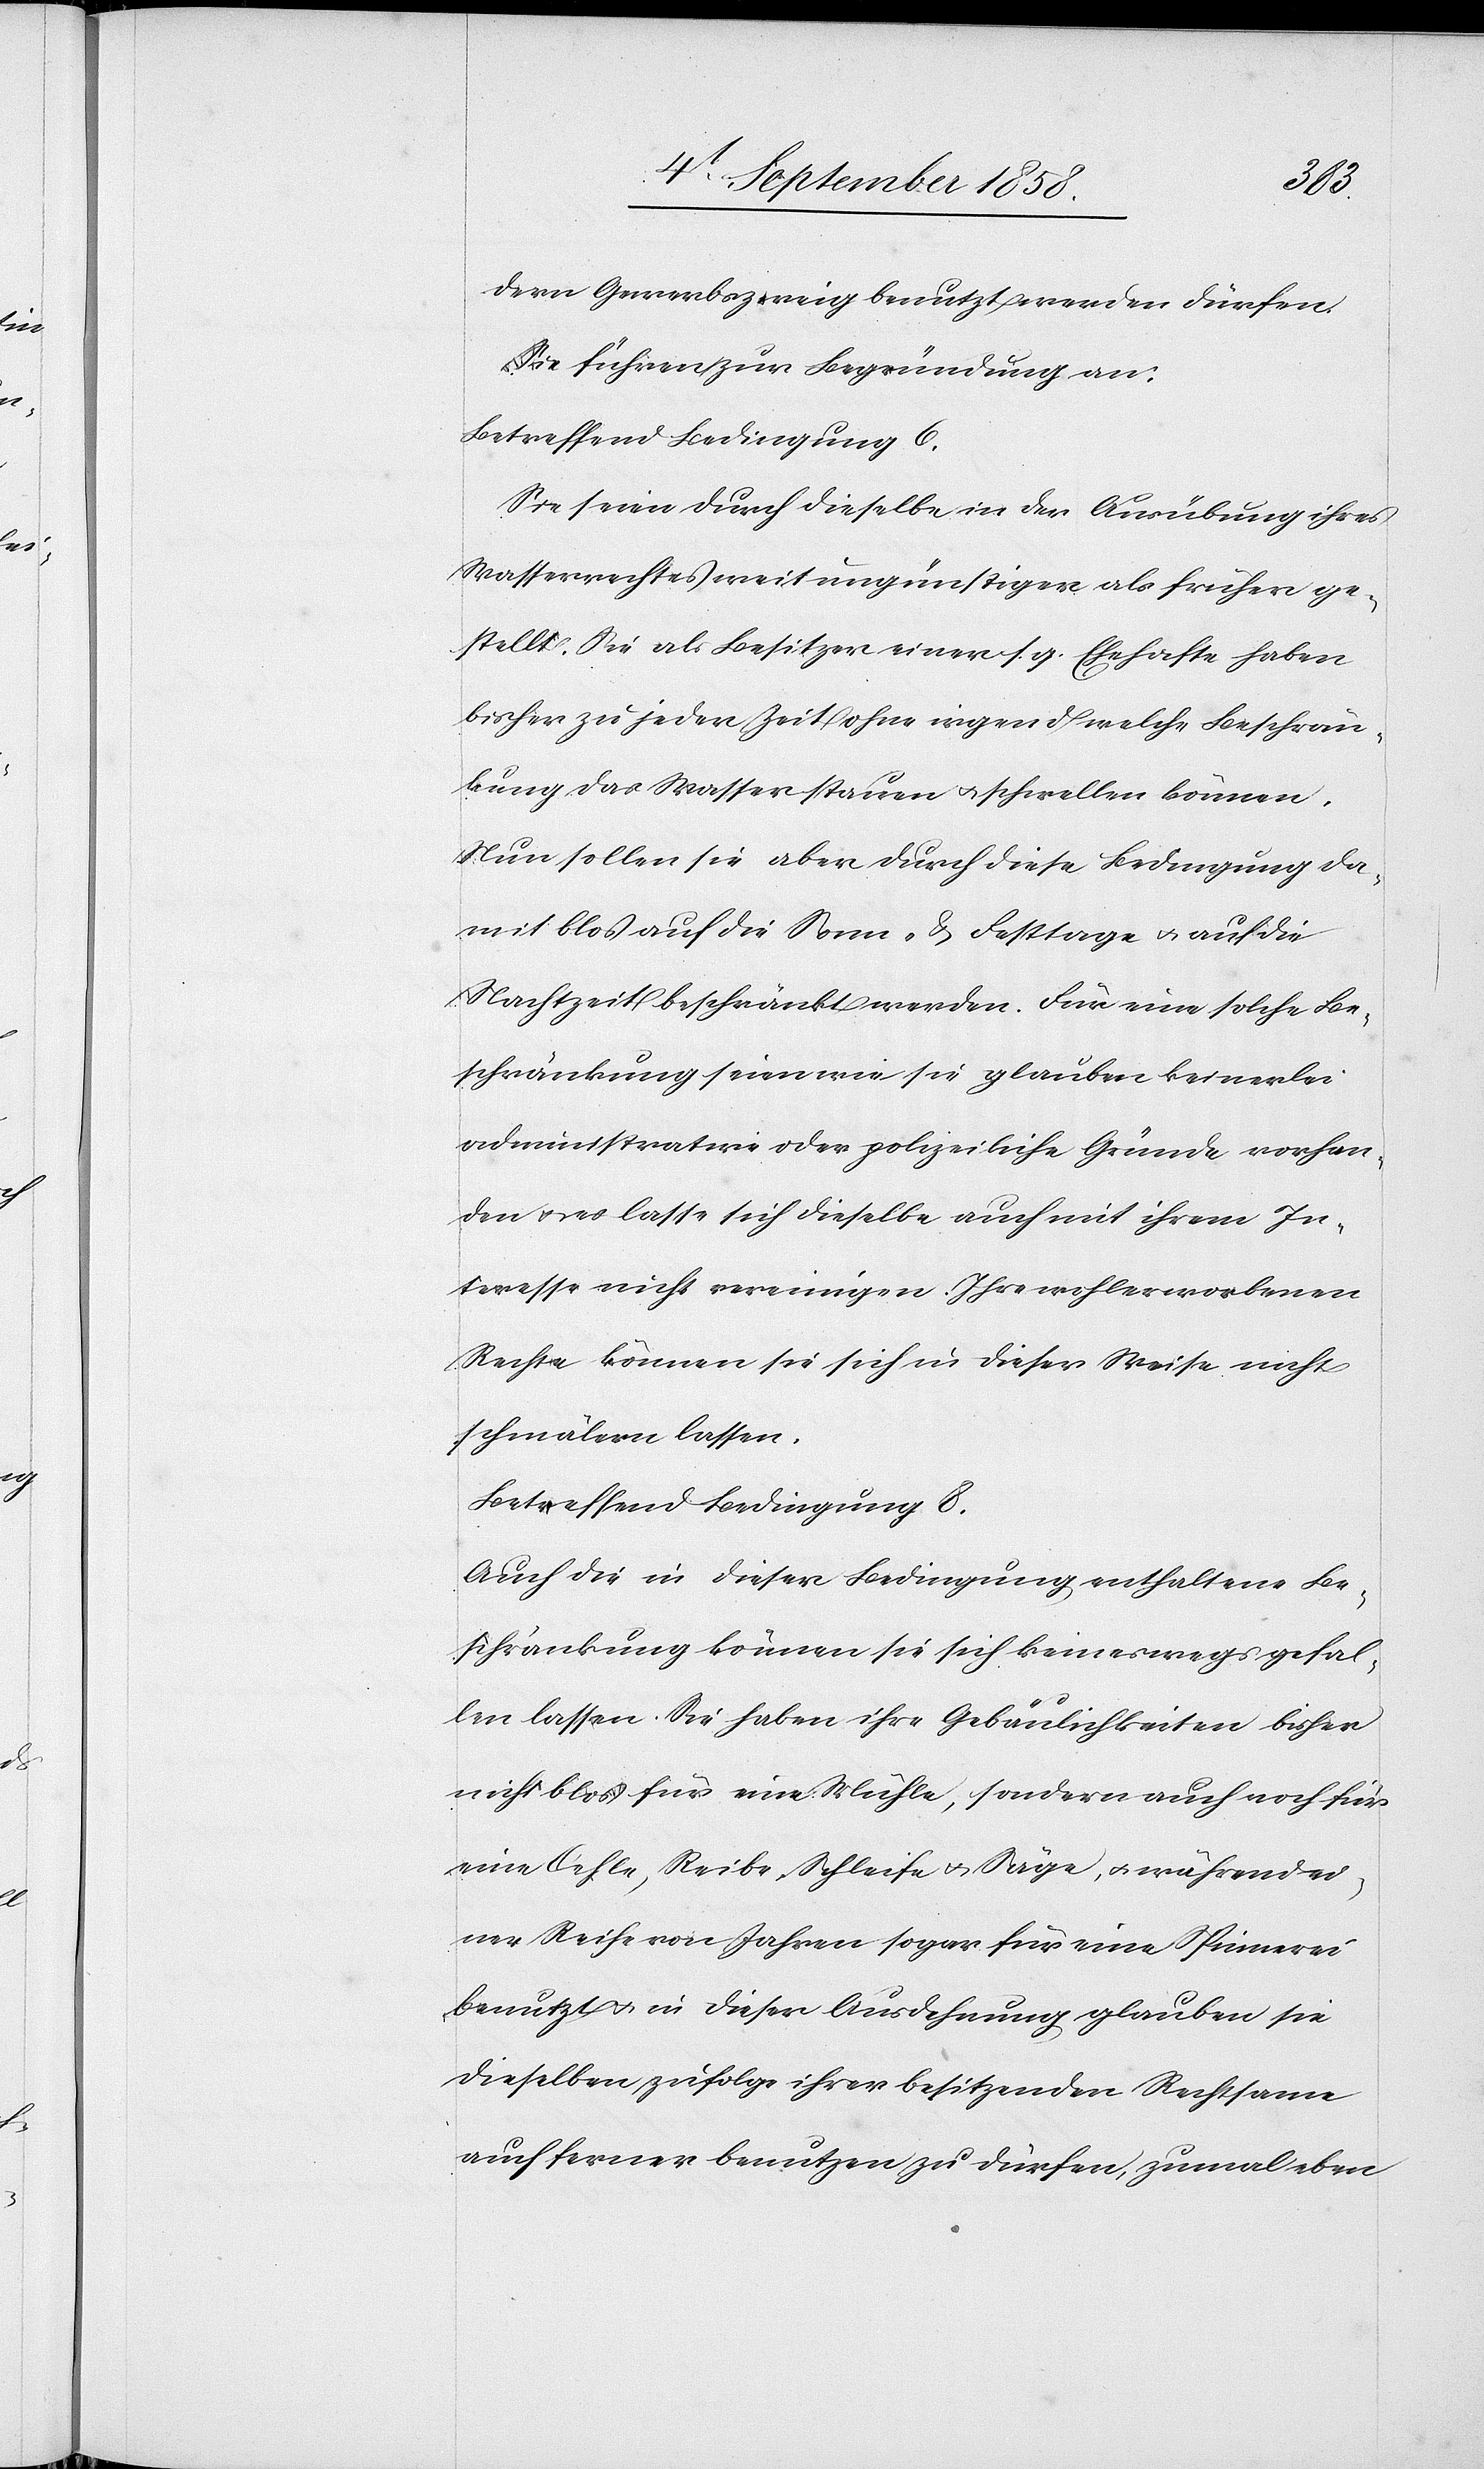
dern Gewerbszweig benutzt werden dürfen.
Sie führen zur Begründung an:
Betreffend Bedingung 6.
Sie seien durch dieselbe in der Ausübung ihres
Wasserrechtes weit ungünstiger als früher ge¬
stellt. Sie als Besitzer einer s. g. Ehehafte haben
bisher zu jeder Zeit ohne irgend welche Beschrän¬
kung das Wasser stauen & schwellen können.
Nun sollen sie aber durch diese Bedingung da¬
mit blos auf die Sonn- & Festtage & auf die
Nachtzeit beschränkt werden. Für eine solche Be¬
schränkung seien wie sie glauben keinerlei
administrative oder polizeiliche Gründe vorhan¬
den & es lasse sich dieselbe auch mit ihrem In¬
teresse nicht vereinigen. Ihre wohlerworbenen
Rechte können sie sich in dieser Weise nicht
schmälern lassen.
Betreffend Bedingung 8.
Auch die in dieser Bedingung enthaltene Be¬
schränkung können sie sich keineswegs gefal¬
len lassen. Sie haben ihre Gebäulichkeiten bisher
nicht blos für eine Mühle, sondern auch noch für
eine Oehle, Reibe, Schleife & Säge, & während ei¬
ner Reihe von Jahren sogar für eine Spinnerei
benutzt & in dieser Ausdehnung glauben sie
dieselben zufolge ihrer besitzenden Rechtsame
auch ferner benutzen zu dürfen, zumal eben